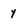
Character: y